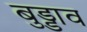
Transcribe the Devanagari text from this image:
बुड्डाव